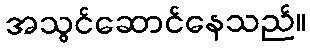
အသွင်ဆောင်နေသည်။